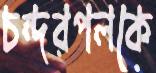
চন্দরপলকে